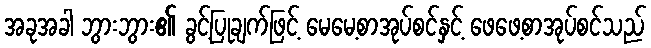
အခုအခါ ဘွားဘွား၏ ခွင့်ပြုချက်ဖြင့် မေမေ့စာအုပ်စင်နှင့် ဖေဖေ့စာအုပ်စင်သည်